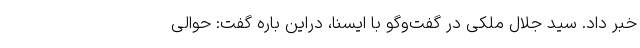
خبر داد. سید جلال ملکی در گفت‌وگو با ایسنا، دراین باره گفت: حوالی